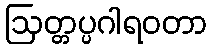
ဩတ္တပ္ပဂါရဝတာ